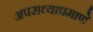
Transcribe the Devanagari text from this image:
अपराध्याप्रमाणे